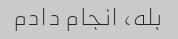
بله، انجام دادم